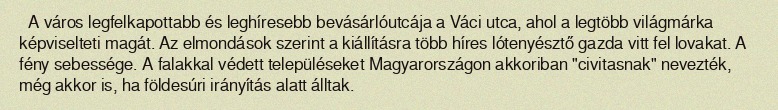
A város legfelkapottabb és leghíresebb bevásárlóutcája a Váci utca, ahol a legtöbb világmárka képviselteti magát. Az elmondások szerint a kiállításra több híres lótenyésztő gazda vitt fel lovakat. A fény sebessége. A falakkal védett településeket Magyarországon akkoriban "civitasnak" nevezték, még akkor is, ha földesúri irányítás alatt álltak.